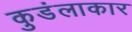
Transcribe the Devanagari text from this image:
कुडंलाकार